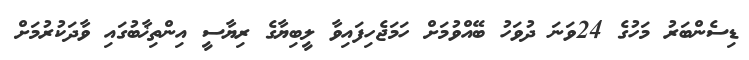
ޑިސެންބަރު މަހުގެ 24ވަނަ ދުވަހު ބޭއްވުމަށް ހަމަޖެހިފައިވާ ލީބިޔާގެ ރިޔާސީ އިންތިޚާބުގައި ވާދަކުރުމަށް